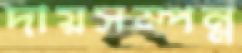
দায়সম্পন্ন